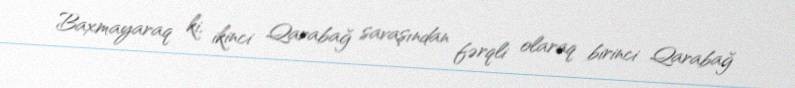
Baxmayaraq ki, ikinci Qarabağ savaşından fərqli olaraq birinci Qarabağ